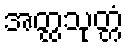
အတ္ထသုတ္တံ